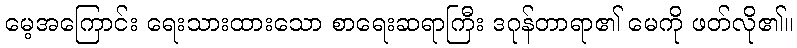
မေ့အကြောင်း ရေးသားထားသော စာရေးဆရာကြီး ဒဂုန်တာရာ၏ မေကို ဖတ်လို၏။